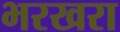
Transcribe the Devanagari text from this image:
भरखरा